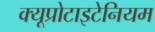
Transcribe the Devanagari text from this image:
क्यूप्रोटाइटेनियम